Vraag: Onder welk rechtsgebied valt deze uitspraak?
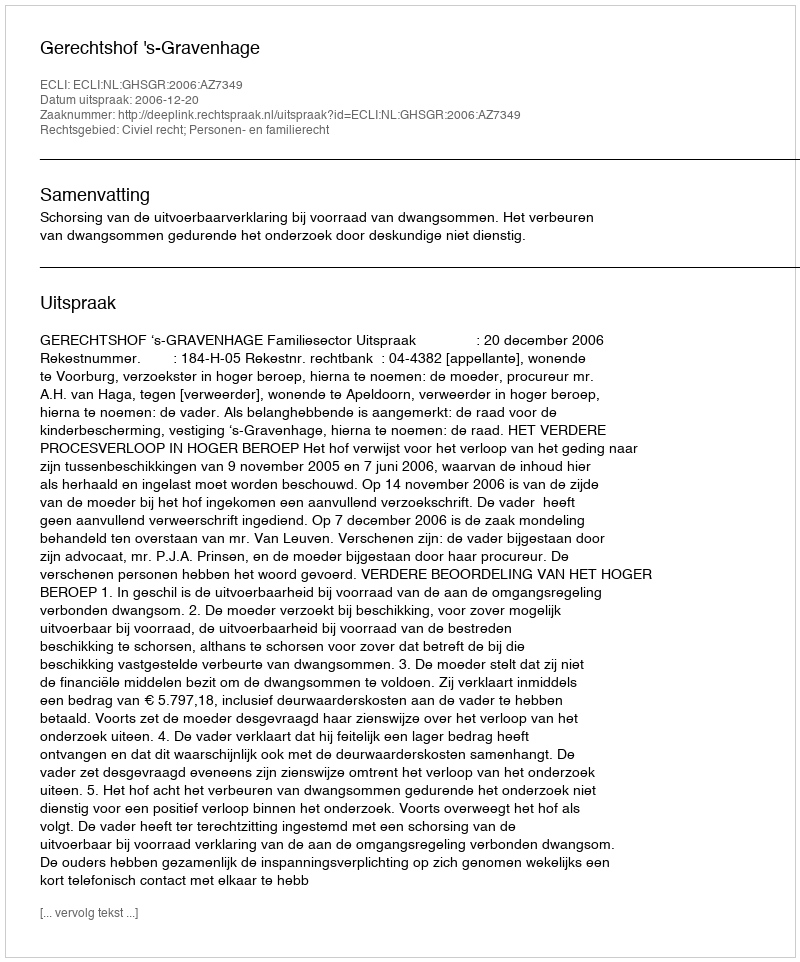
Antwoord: Civiel recht; Personen- en familierecht